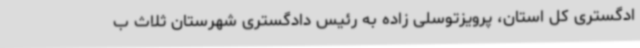
ادگستری کل استان، پرویزتوسلی زاده به رئیس دادگستری شهرستان ثلاث ب